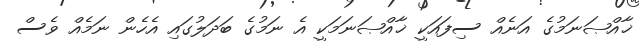
ޚާއްޞަނަމުގެ އަނެއް ސިފައަކީ ޚާއްޞަނަމަކީ އެ ނަމުގެ ބަދަލުގައި އެހެން ނަމެއް ވެސް